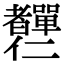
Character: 𦓍